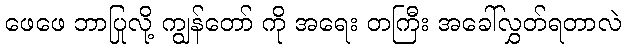
ဖေဖေ ဘာပြုလို့ ကျွန်တော် ကို အရေး တကြီး အခေါ်လွှတ်ရတာလဲ